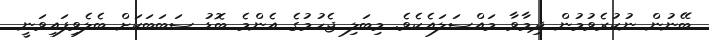
ބޭނުން ނުކުރެވުމުން ދިމާވާ މައްސަލައެކެވެ. މިބަލި ޖެހުމުގެ އެންމެ ބޮޑު ސަބަބަކަށް ބެލެވިފައިވަނީ